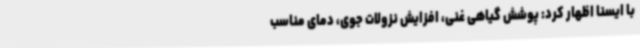
با ایسنا اظهار کرد: پوشش گیاهی غنی، افزایش نزولات جوی، دمای مناسب